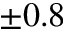
\pm 0 . 8